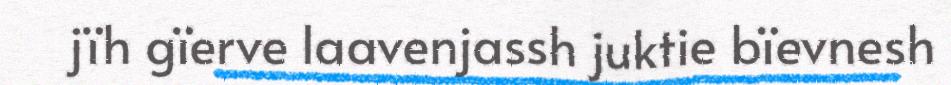
jïh gïerve laavenjassh juktie bïevnesh